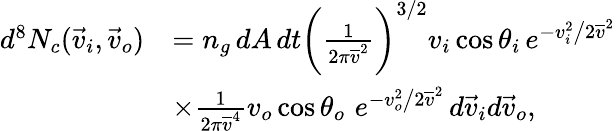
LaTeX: \begin{array}{rl}{d^{8}N_{c}(\vec{v}_{i},\vec{v}_{o})}&{=n_{g}\, dA\, dt\bigg(\frac{1}{2\pi\overline{{v}}^{2}}\bigg)^{3/2}v_{i}\, \mathrm{cos}\, \theta_{i}\, e^{-v_{i}^{2}\big/2\overline{{v}}^{2}}}\\ &{\times\frac{1}{2\pi\overline{{v}}^{4}}v_{o}\, \mathrm{cos}\, \theta_{o}\, \, e^{-v_{o}^{2}\big/2\overline{{v}}^{2}}\, d\vec{v}_{i}d\vec{v}_{o},}\end{array}